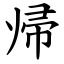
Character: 帰